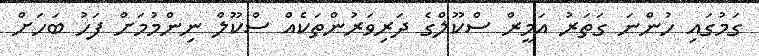
ގަމުގައި ހުންނަ ގަތަރު އަމީރް ސްކޫލްގެ ދަރިވަރުންތަކެއް ސްކޫލް ނިންމުމަށް ފަހު ބަހަށް